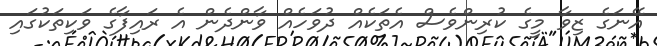
އޭނަގެ ޒިވާ މީގެ ކުރިންވެސް އެތަކެއް ދުވަހެއް ވާންދެން އެ ރައިފާގެ ވަކިތަކުގައި